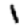
Digit: 1